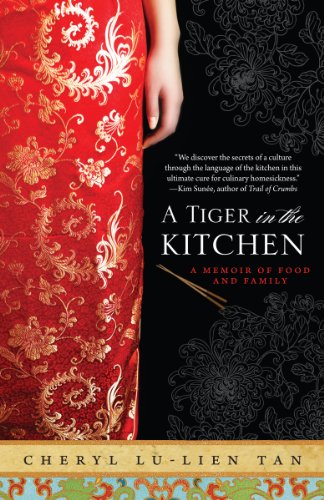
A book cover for A Tiger in the Kitchen: A Memoir of Food and Family; Cheryl Lu-Lien Tan; Cookbooks, Food & Wine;